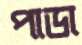
পাডা